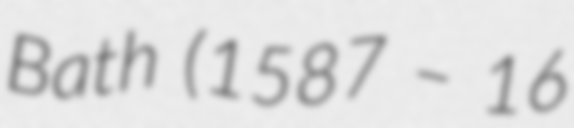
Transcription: Bath (1587 – 16